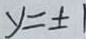
y = \pm 1